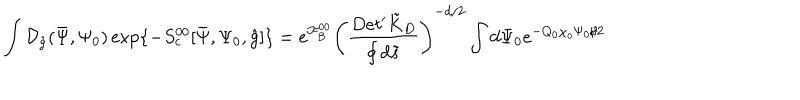
\int { \mathcal { D } _ { \hat { g } } } ( \bar { \Psi } , { \Psi _ { 0 } } ) \exp \{ - { S _ { c } ^ { 0 0 } } [ \bar { \Psi } , { \Psi _ { 0 } } , \hat { g } ] \} = { e ^ { \mathcal { F } _ { B } ^ { 0 0 } } } { { \left( { \frac { D e t ^ { \prime } { \tilde { K } _ { D } } } { \oint { d } \tilde { s } } } \right) } ^ { - d / 2 } } \int { d } { \Psi _ { 0 } } { e ^ { - { Q _ { 0 } } { \chi _ { o } } { \Psi _ { 0 } } / 2 } }